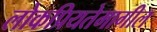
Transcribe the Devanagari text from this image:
लोकप्रियतेमागील